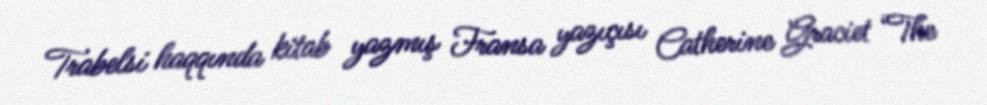
Trabelsi haqqında kitab yazmış Fransa yazıçısı Catherine Graciet “The